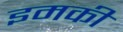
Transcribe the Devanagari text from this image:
इमकी